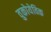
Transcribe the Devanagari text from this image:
वुकोयेविक